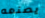
يصنعه